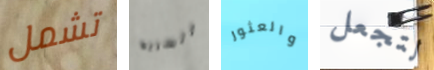
تشمل السريه والعثور لتجعل